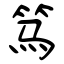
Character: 笃